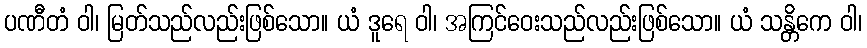
ပဏီတံ ဝါ၊ မြတ်သည်လည်းဖြစ်သော။ ယံ ဒူရေ ဝါ၊ အကြင်ဝေးသည်လည်းဖြစ်သော။ ယံ သန္တိကေ ဝါ၊